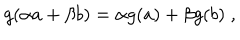
LaTeX: g ( \alpha a + \beta b ) = \alpha g ( a ) + \beta g ( b ) \; ,